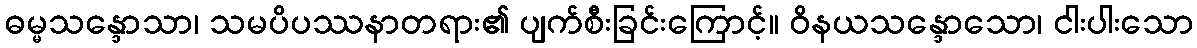
ဓမ္မသန္ဒောသာ၊ သမပိပဿနာတရား၏ ပျက်စီးခြင်းကြောင့်။ ဝိနယသန္ဒောသော၊ ငါးပါးသော